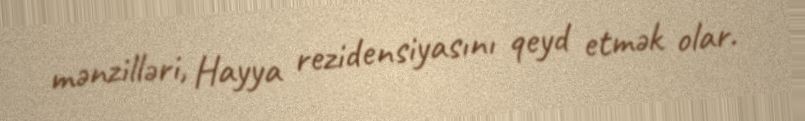
mənzilləri, Hayya rezidensiyasını qeyd etmək olar.